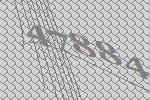
47884